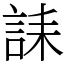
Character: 誄